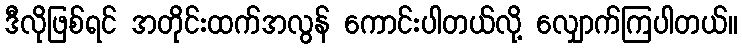
ဒီလိုဖြစ်ရင် အတိုင်းထက်အလွန် ကောင်းပါတယ်လို့ လျှောက်ကြပါတယ်။